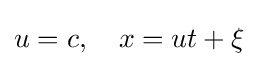
u=c,\quad x=ut+\xi